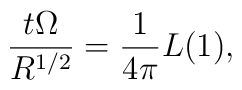
{t \Omega \over R^{1/2}} = {1 \over 4\pi} L(1),